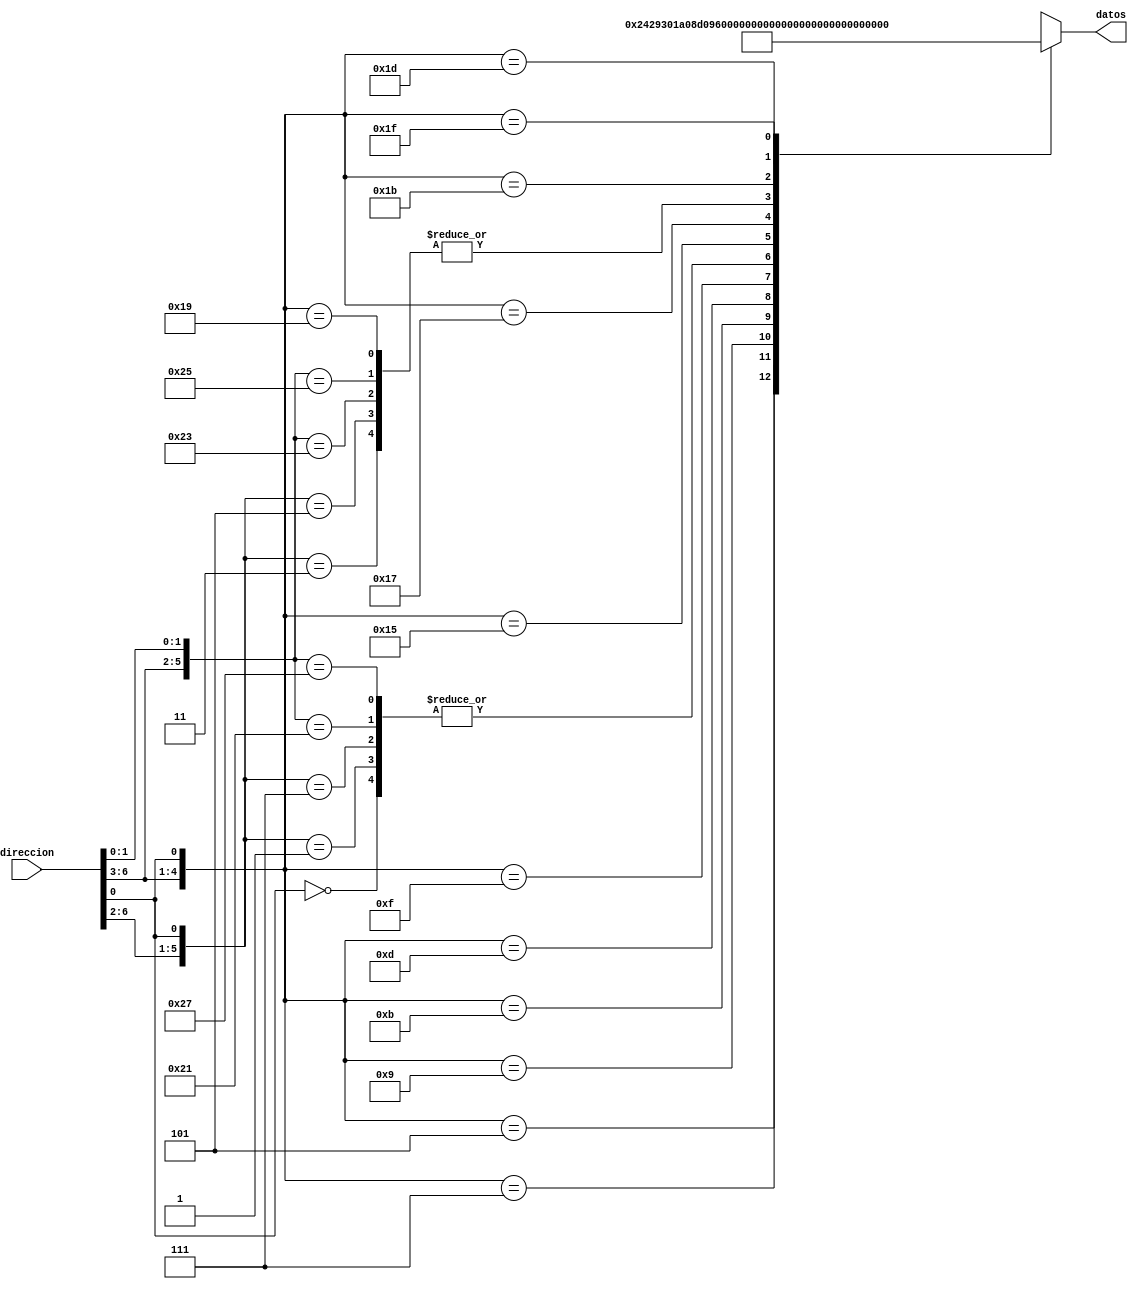
//JOse Luis Alvarez Pineda
//19392
//Seccion 21
//Laboratorio #09: ROM con CASE

module ROMcase(
  input wire [6:0] direccion,
  output reg [12:0] datos);

  always @ ( direccion ) begin
    casex (direccion)
      7'bxxxxxx0: datos <= 13'b1000000001000;
      7'b00001x1: datos <= 13'b0100000001000;
      7'b00000x1: datos <= 13'b1000000001000;
      7'b00011x1: datos <= 13'b1000000001000;
      7'b00010x1: datos <= 13'b0100000001000;
      7'b0010xx1: datos <= 13'b0001001000010;
      7'b0011xx1: datos <= 13'b1001001100000;
      7'b0100xx1: datos <= 13'b0011010000010;
      7'b0101xx1: datos <= 13'b0011010000100;
      7'b0110xx1: datos <= 13'b1011010100000;
      7'b0111xx1: datos <= 13'b1000000111000;
      7'b1000x11: datos <= 13'b0100000001000;
      7'b1000x01: datos <= 13'b1000000001000;
      7'b1001x11: datos <= 13'b1000000001000;
      7'b1001x01: datos <= 13'b0100000001000;
      7'b1010xx1: datos <= 13'b0011011000010;
      7'b1011xx1: datos <= 13'b1011011100000;
      7'b1100xx1: datos <= 13'b0100000001000;
      7'b1101xx1: datos <= 13'b0000000001001;
      7'b1110xx1: datos <= 13'b0011100000010;
      7'b1111xx1: datos <= 13'b1011100100000;
    endcase
  end

endmodule